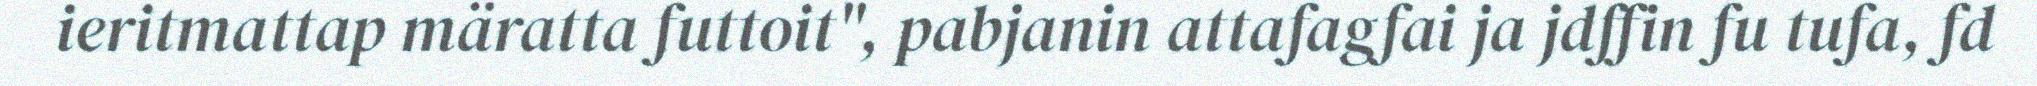
ieritmattap märatta futtoit", pabjanin attafagfai ja jdffin fu tufa, fd